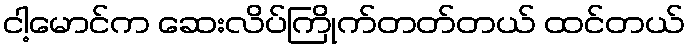
ငါ့မောင်က ဆေးလိပ်ကြိုက်တတ်တယ် ထင်တယ်